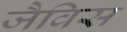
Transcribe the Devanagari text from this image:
जैविस